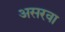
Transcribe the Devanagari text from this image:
असरवा